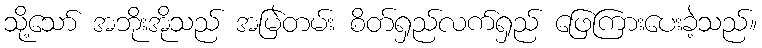
သို့သော် အဘိုးအိုသည် အမြဲတမ်း စိတ်ရှည်လက်ရှည် ဖြေကြားပေးခဲ့သည်။